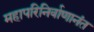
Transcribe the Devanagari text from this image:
महापरिनिर्वाणानंत